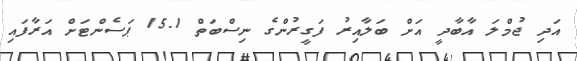
އަދި ޖުމްލަ އާބާދީ އަށް ބަލާއިރު ފަގީރުންގެ ނިސްބަތް 15.1 ޕަސެންޓަށް އަރާފައި